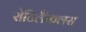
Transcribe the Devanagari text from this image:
रोटिलैंकलस